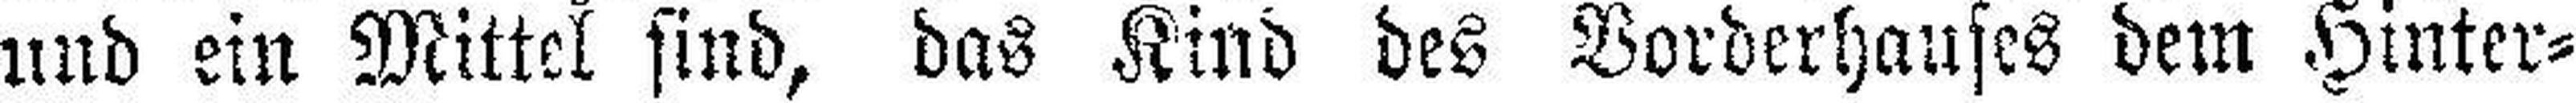
und ein Mittel sind, das Kind des Vorderhauses dem Hinter¬